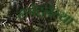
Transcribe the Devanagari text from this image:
लपेटलेल्या